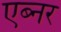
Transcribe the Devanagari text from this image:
एब्नर